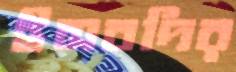
ইসবদির